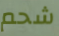
شحم